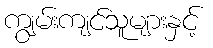
ကျွမ်းကျင်သူများနှင့်